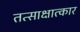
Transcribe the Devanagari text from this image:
तत्साक्षात्कार